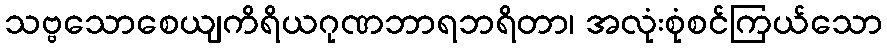
သဗ္ဗသောစေယျကိရိယဂုဏဘာရဘရိတာ၊ အလုံးစုံစင်ကြယ်သော